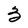
Character: 3